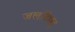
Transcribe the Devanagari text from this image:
जलविद्यत्